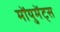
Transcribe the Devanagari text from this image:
मोंयुमेंट्स